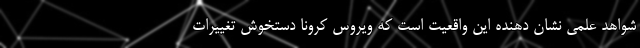
شواهد علمی نشان دهنده این واقعیت است که ویروس کرونا دستخوش تغییرات